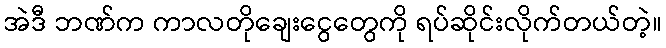
အဲဒီ ဘဏ်က ကာလတိုချေးငွေတွေကို ရပ်ဆိုင်းလိုက်တယ်တဲ့။